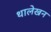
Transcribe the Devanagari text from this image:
थालेखन